Vaccination in Bombay 1913-1923 - 1913-1923
Year: 1913
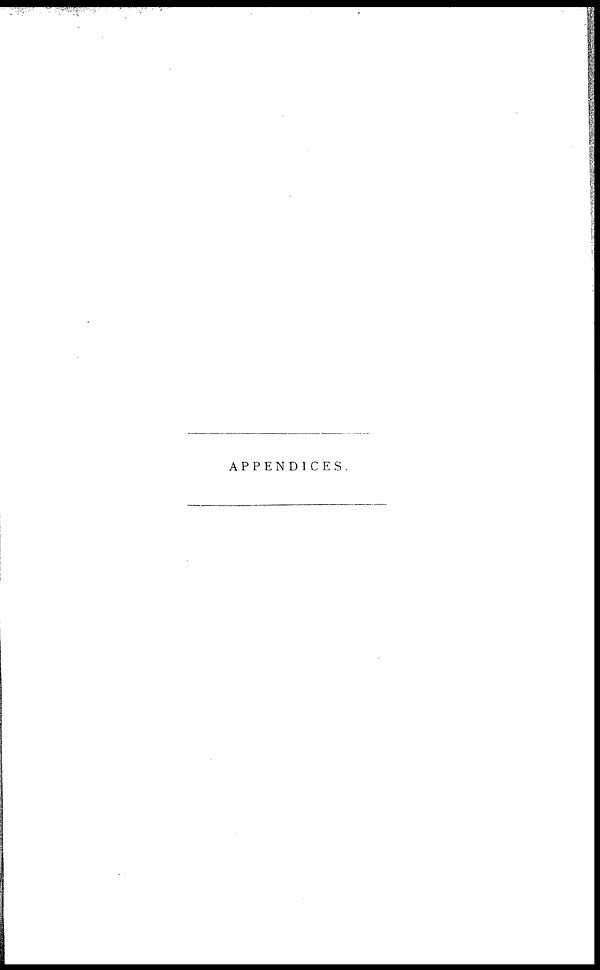
APPENDICES.